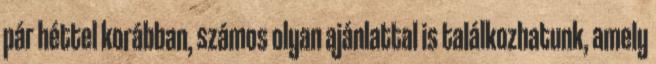
pár héttel korábban, számos olyan ajánlattal is találkozhatunk, amely